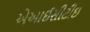
એઆઈસીટીઇ